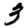
Digit: 3